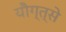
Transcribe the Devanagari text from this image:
यौग्त्से